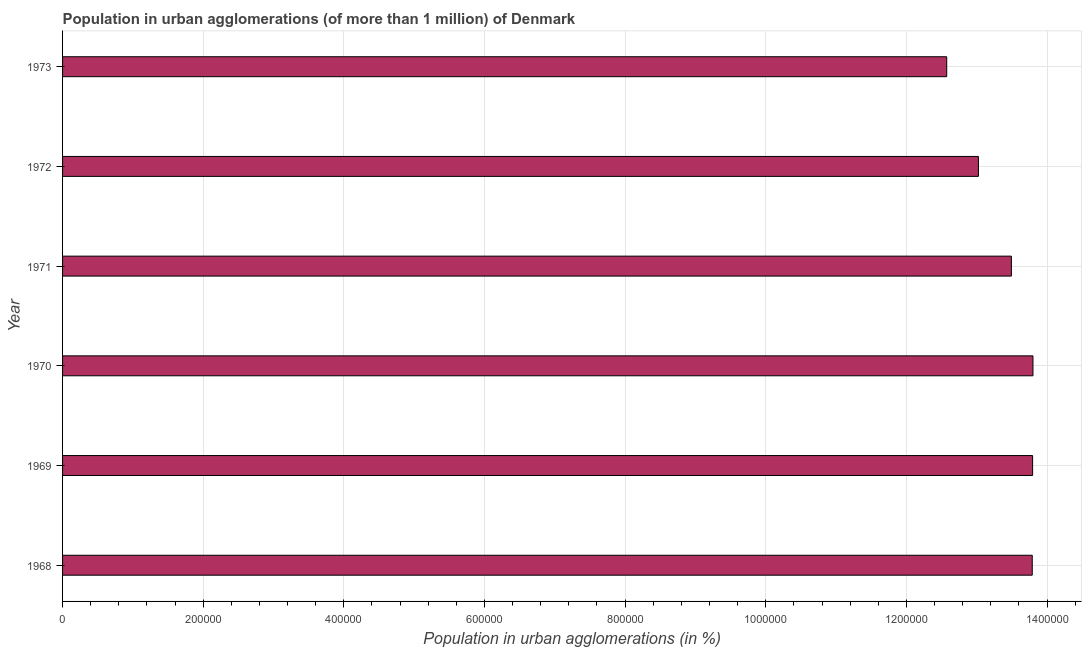
| Year | Population in urban agglomerations |
 | --- | --- |
 | 1968 | 1.38e+06 |
 | 1969 | 1.38e+06 |
 | 1970 | 1.38e+06 |
 | 1971 | 1.35e+06 |
 | 1972 | 1.3e+06 |
 | 1973 | 1.26e+06 |